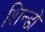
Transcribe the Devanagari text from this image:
शिन्डो